画像に写った文字を読んでください
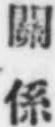
「關係」と書いてあります